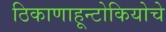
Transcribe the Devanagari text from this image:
ठिकाणाहून्टोकियोचे